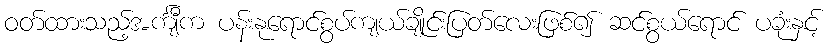
ဝတ်ထားသည့်အင်္ကျီက ပန်းနုရောင်စွပ်ကျယ်ချိုင်းပြတ်လေးဖြစ်၍ ဆင်စွယ်ရောင် ပခုံးနှင့်